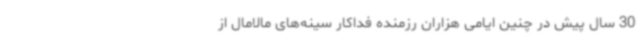
30 سال پیش در چنین ایامی هزاران رزمنده فداکار سینه‌های مالامال از